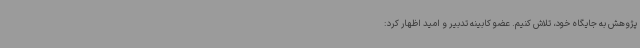
پژوهش به جایگاه خود، تلاش کنیم. عضو کابینه تدبیر و امید اظهار کرد: